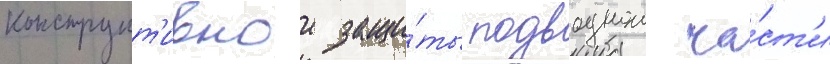
конструкт'ивнои защи́ты подводнои ча́ст'и